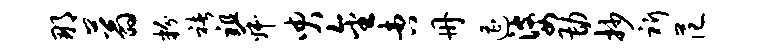
那蓊粉褚祖菽臾金杏册遭婆勘抄祈范